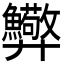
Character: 𢍸